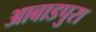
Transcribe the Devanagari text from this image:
आबाडपुरा